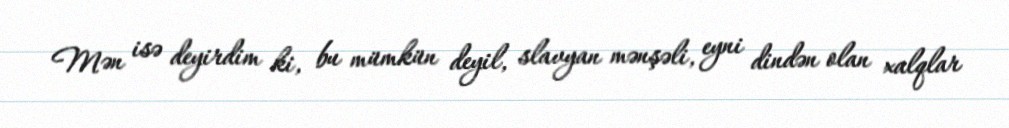
Mən isə deyirdim ki, bu mümkün deyil, slavyan mənşəli, eyni dindən olan xalqlar